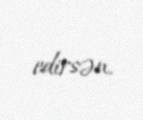
edirsən.